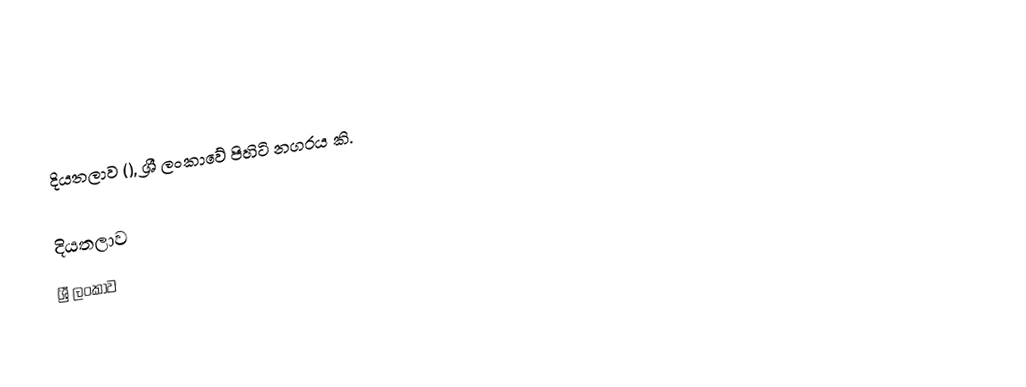
දියතලාව (), ශ්‍රී ලංකාවේ පිහිටි නගරය කි.

දියතලාව
ශ්‍රී ලංකාව